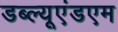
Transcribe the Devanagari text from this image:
डब्ल्यूएंडएम